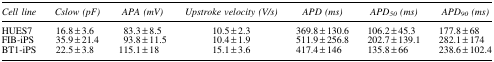
| Cell line | Cslow (pF) | APA (mV) | Upstroke velocity (V/s) | APD (ms) | APD50 (ms) | APD90 (ms) |
 | --- | --- | --- | --- | --- | --- | --- |
 | HUES7 | 16.8 ± 3.6 | 83.3 ± 8.5 | 10.5 ± 2.3 | 369.8 ± 130.6 | 106.2 ± 45.3 | 177.8 ± 68 |
 | FIB-iPS | 35.9 ± 21.4 | 93.8 ± 11.5 | 10.4 ± 1.9 | 511.9 ± 256.8 | 202.7 ± 139.1 | 282.1 ± 174 |
 | BT1-iPS | 22.5 ± 3.8 | 115.1 ± 18 | 15.1 ± 3.6 | 417.4 ± 146 | 135.8 ± 66 | 238.6 ± 102.4 |